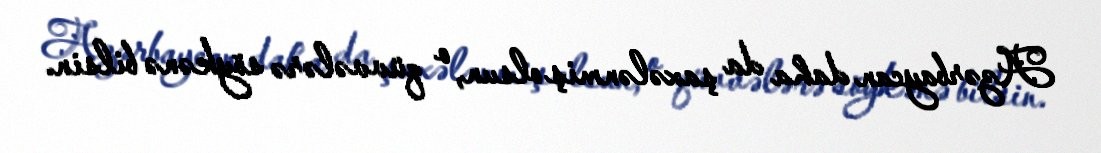
Azərbaycan daha da şaxələnmiş olsun, o qüvvələrə söykənə bilsin.